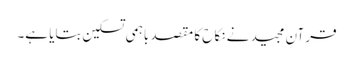
قرآنِ مجید نے نکاح کا مقصد باہمی تسکین بتایا ہے۔